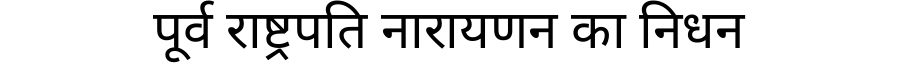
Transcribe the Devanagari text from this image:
पूर्व राष्ट्रपति नारायणन का निधन